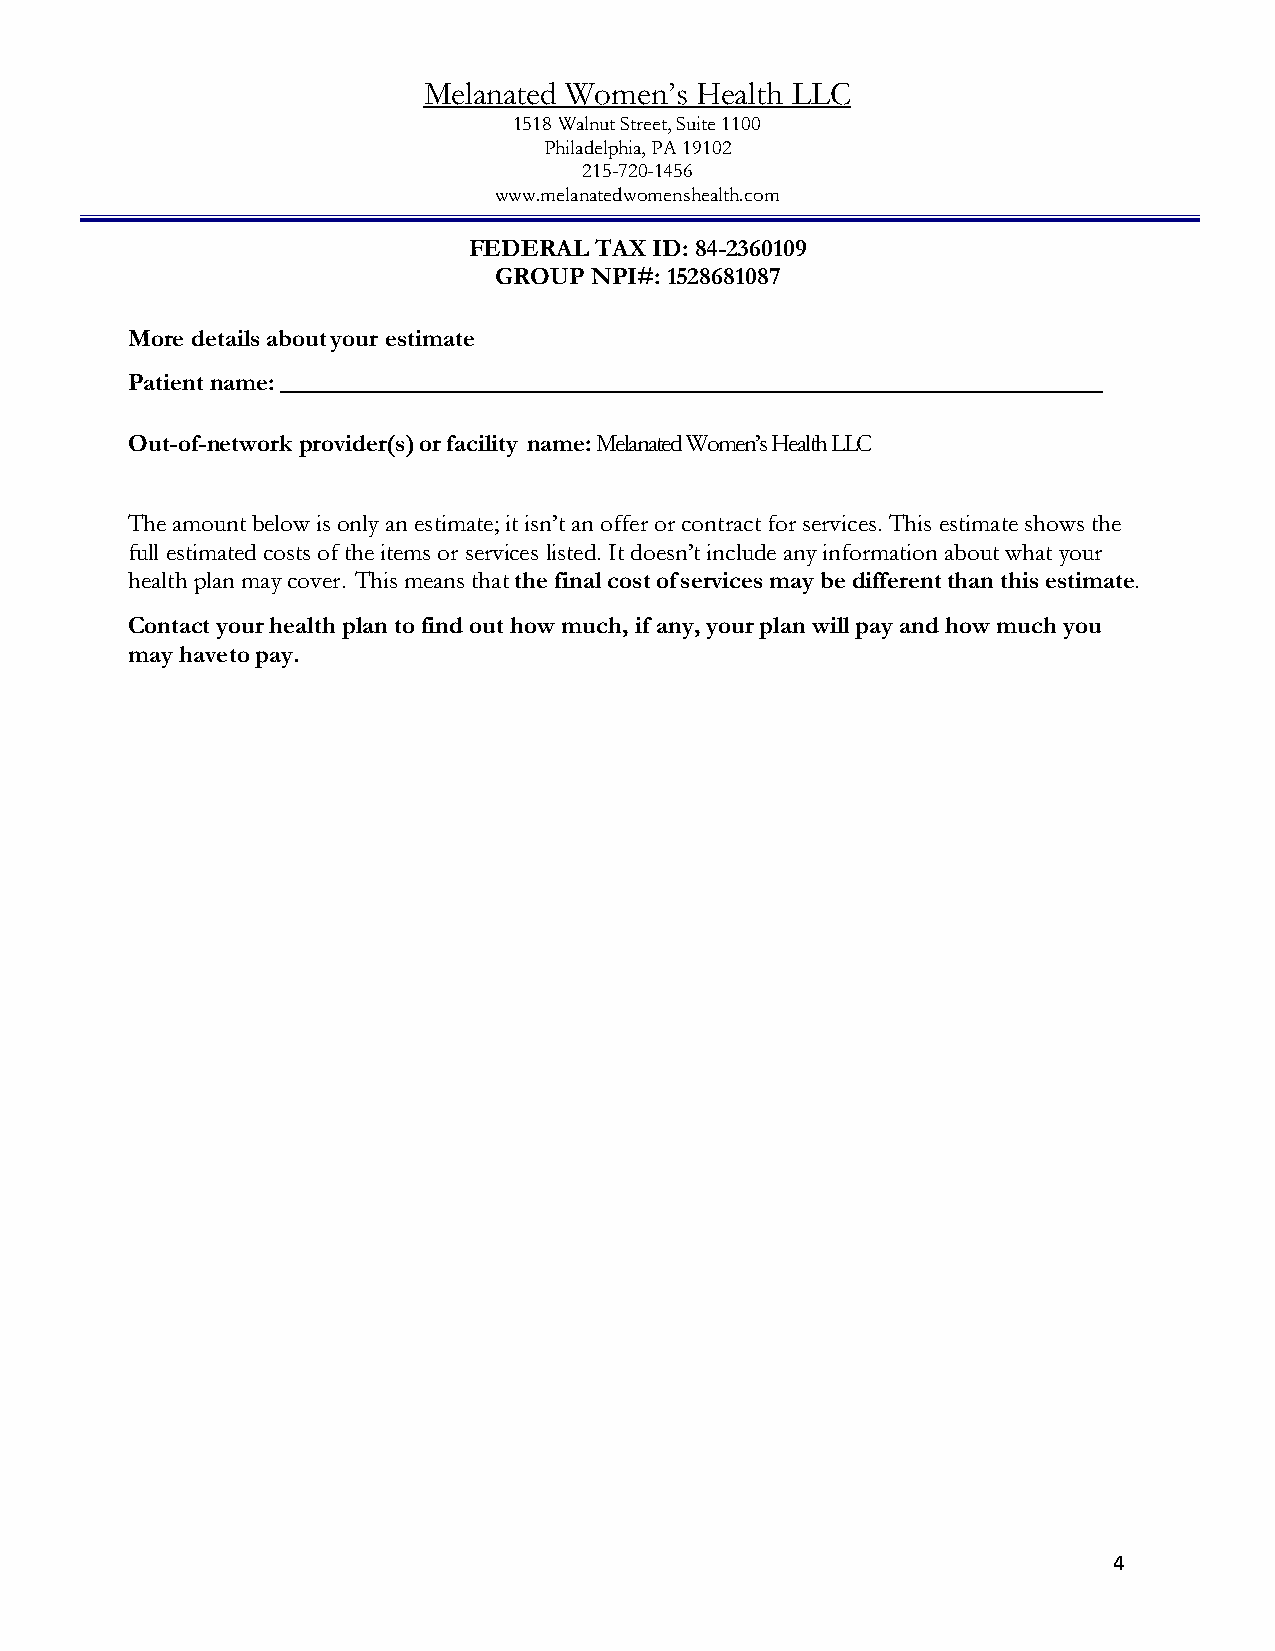
Melanated Women’s Health LLC
 1518 Walnut Street, Suite 1100
 Philadelphia, PA 19102
 215-720-1456
 www.melanatedwomenshealth.com
 FEDERAL TAX ID: 84-2360109
 GROUP NPI#: 1528681087
 More details about your estimate
 Patient name:
 Out-of-network provider(s) or facility name: Melanated Women’s Health LLC
 The amount below is only an estimate; it isn’t an offer or contract for services. This estimate shows the
 full estimated costs of the items or services listed. It doesn’t include any information about what your
 health plan may cover. This means that the final cost of services may be different than this estimate.
 Contact your health plan to find out how much, if any, your plan will pay and how much you
 may have to pay.
 4